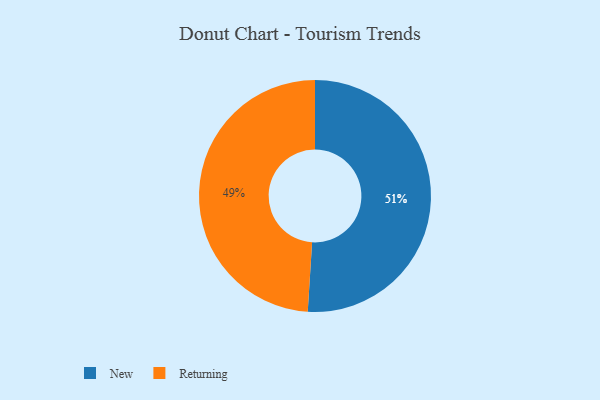
{"axis": {"x": "Category", "y": "Percentage"}, "legend": ["New", "Returning"], "data": [{"x": "New", "y": 51, "type": "New"}, {"x": "Returning", "y": 49, "type": "Returning"}]}